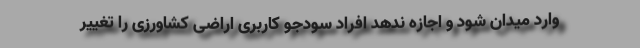
وارد میدان شود و اجازه ندهد افراد سودجو کاربری اراضی کشاورزی را تغییر